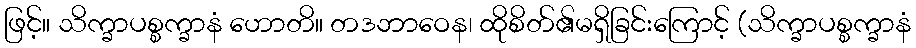
ဖြင့်။ သိက္ခာပစ္စက္ခာနံ ဟောတိ။ တဒဘာဝေန၊ ထိုစိတ်၏မရှိခြင်းကြောင့် (သိက္ခာပစ္စက္ခာနံ